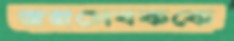
জনসেবককে